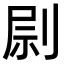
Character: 𠝑